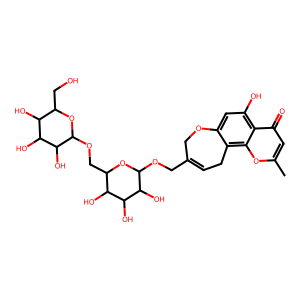
SMILES: Cc1cc(=O)c2c(O)cc3c(c2o1)CC=C(COC1OC(COC2OC(CO)C(O)C(O)C2O)C(O)C(O)C1O)CO3
Inhibits HIV replication: No